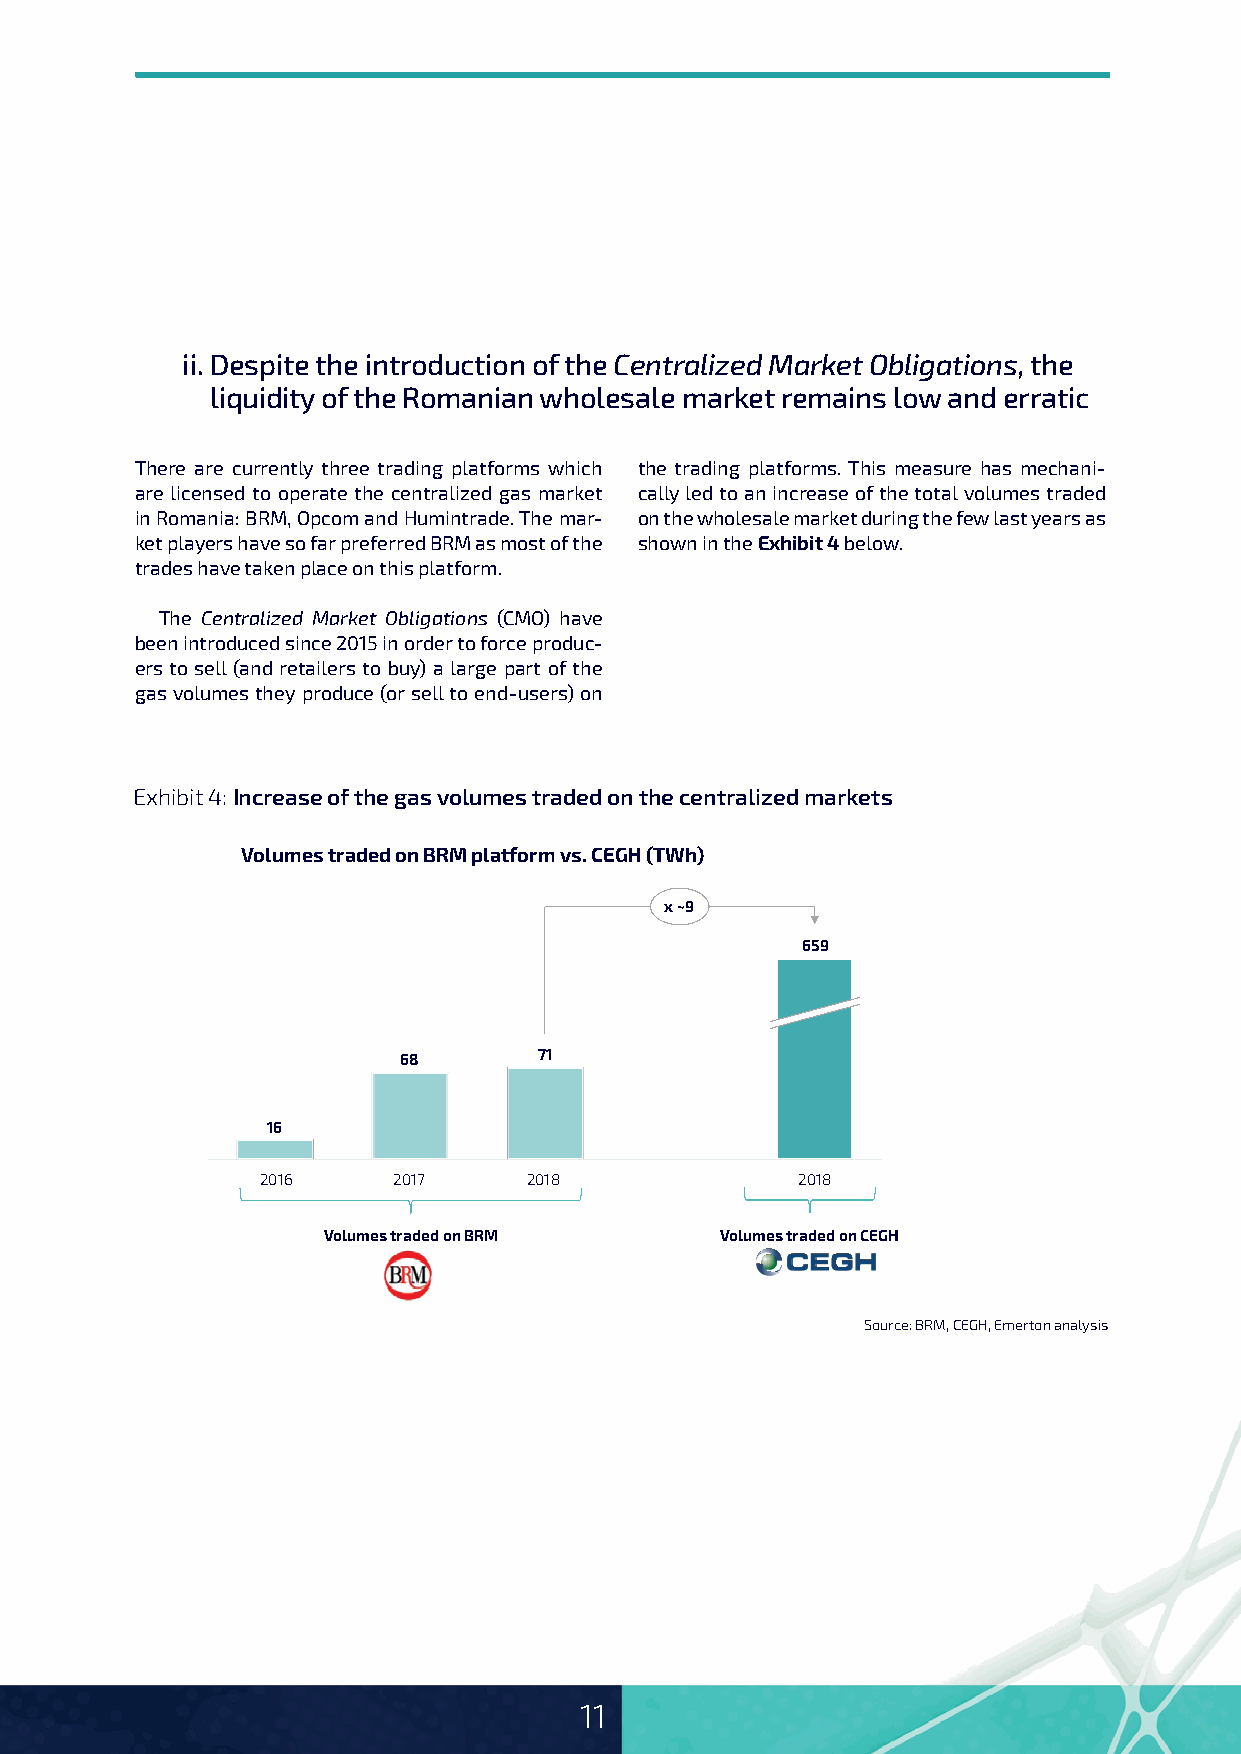
ii. Despite the introduction of the Centralized Market Obligations, the
 liquidity of the Romanian wholesale market remains low and erratic
 There are currently three trading platforms which the trading platforms. This measure has mechani-
 are licensed to operate the centralized gas market cally led to an increase of the total volumes traded
 in Romania: BRM, Opcom and Humintrade. The mar- on the wholesale market during the few last years as
 ket players have so far preferred BRM as most of the shown in the Exhibit 4 below.
 trades have taken place on this platform.
 The Centralized Market Obligations (CMO) have
 been introduced since 2015 in order to force produc-
 ers to sell (and retailers to buy) a large part of the
 gas volumes they produce (or sell to end-users) on
 Exhibit 4: I ncrease of the gas volumes traded on the centralized markets
 Volumes traded on BRM platform vs. CEGH (TWh)
 x ~9
 659
 68        71
 16
 2016     2017     2018              2018
 Volumes traded on BRM      Volumes traded on CEGH
 Source: BRM, CEGH, Emerton analysis
 11